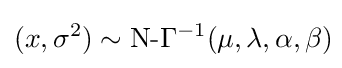
(x,\sigma ^{2})\sim {\text{N-}}\Gamma ^{-1}(\mu ,\lambda ,\alpha ,\beta )\!